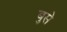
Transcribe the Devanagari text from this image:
बुसे